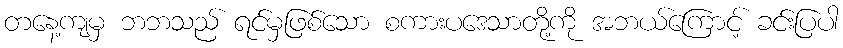
တနေ့ကျမှ ဘဘသည် ရင်မှဖြစ်သော စကားပဒေသာတို့ကို အဘယ်ကြောင့် ခင်းပြပါ